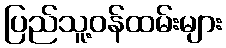
ပြည်သူ့ဝန်ထမ်းများ